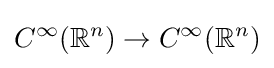
C^{\infty }(\mathbb {R} ^{n})\to C^{\infty }(\mathbb {R} ^{n})